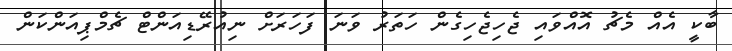
ބާކީ އެއް މެޗު އޮއްވައި ޖެހިޖެހިގެން ހަތަރު ވަނަ ފަހަރަށް ނިއުރޭޑިއަންޓް ޗެމްޕިއަންކަން